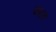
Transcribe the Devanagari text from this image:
करुत